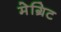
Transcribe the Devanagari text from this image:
मेग्रिट